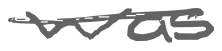
Text: was
Cross-out: single-line
Writing tool: digital_gray